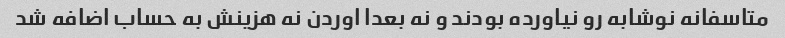
متاسفانه نوشابه رو نیاورده بودند و نه بعدا اوردن نه هزینش به حساب اضافه شد